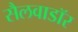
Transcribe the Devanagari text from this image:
सैलवाडॉर